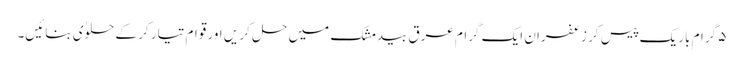
۵ گرام باریک پیس کر زعفران ایک گرام عرق بیدمشک میں حل کر یں اور قوام تیار کر کے حلوٰی بنائیں۔